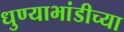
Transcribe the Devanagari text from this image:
धुण्याभांडीच्या